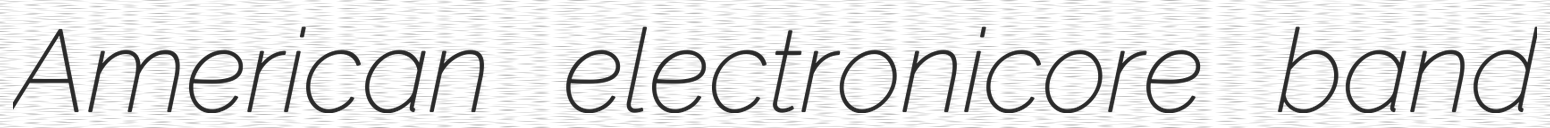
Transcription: American electronicore band